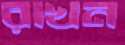
রাখন